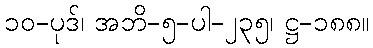
၁၀-ပုဒ်၊ အဘိ-၅-ပါ-၂၃၅၊ ဋ္ဌ-၁၈၈။